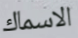
الاسماك